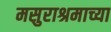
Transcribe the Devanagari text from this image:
मसुराश्रमाच्या